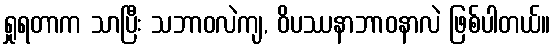
ရှုရတာက သာပြီး သဘာဝလဲကျ, ဝိပဿနာဘာဝနာလဲ ဖြစ်ပါတယ်။